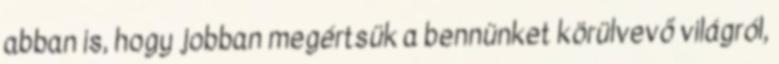
abban is, hogy jobban megértsük a bennünket körülvevő világról,